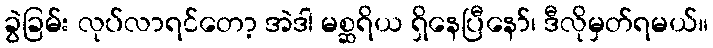
ခွဲခြမ်း လုပ်လာရင်တော့ အဲဒါ မစ္ဆရိယ ရှိနေပြီနော်၊ ဒီလိုမှတ်ရမယ်။